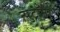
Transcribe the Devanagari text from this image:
न्युट्रॉनों